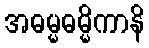
အဓမ္မဓမ္မိကာနိ